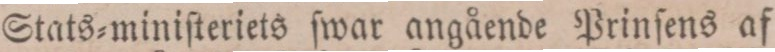
Stats=miniſteriets ſwar angående Prinſens af